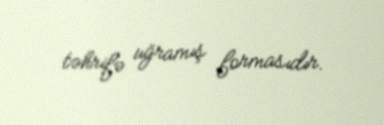
təhrifə uğramış formasıdır.